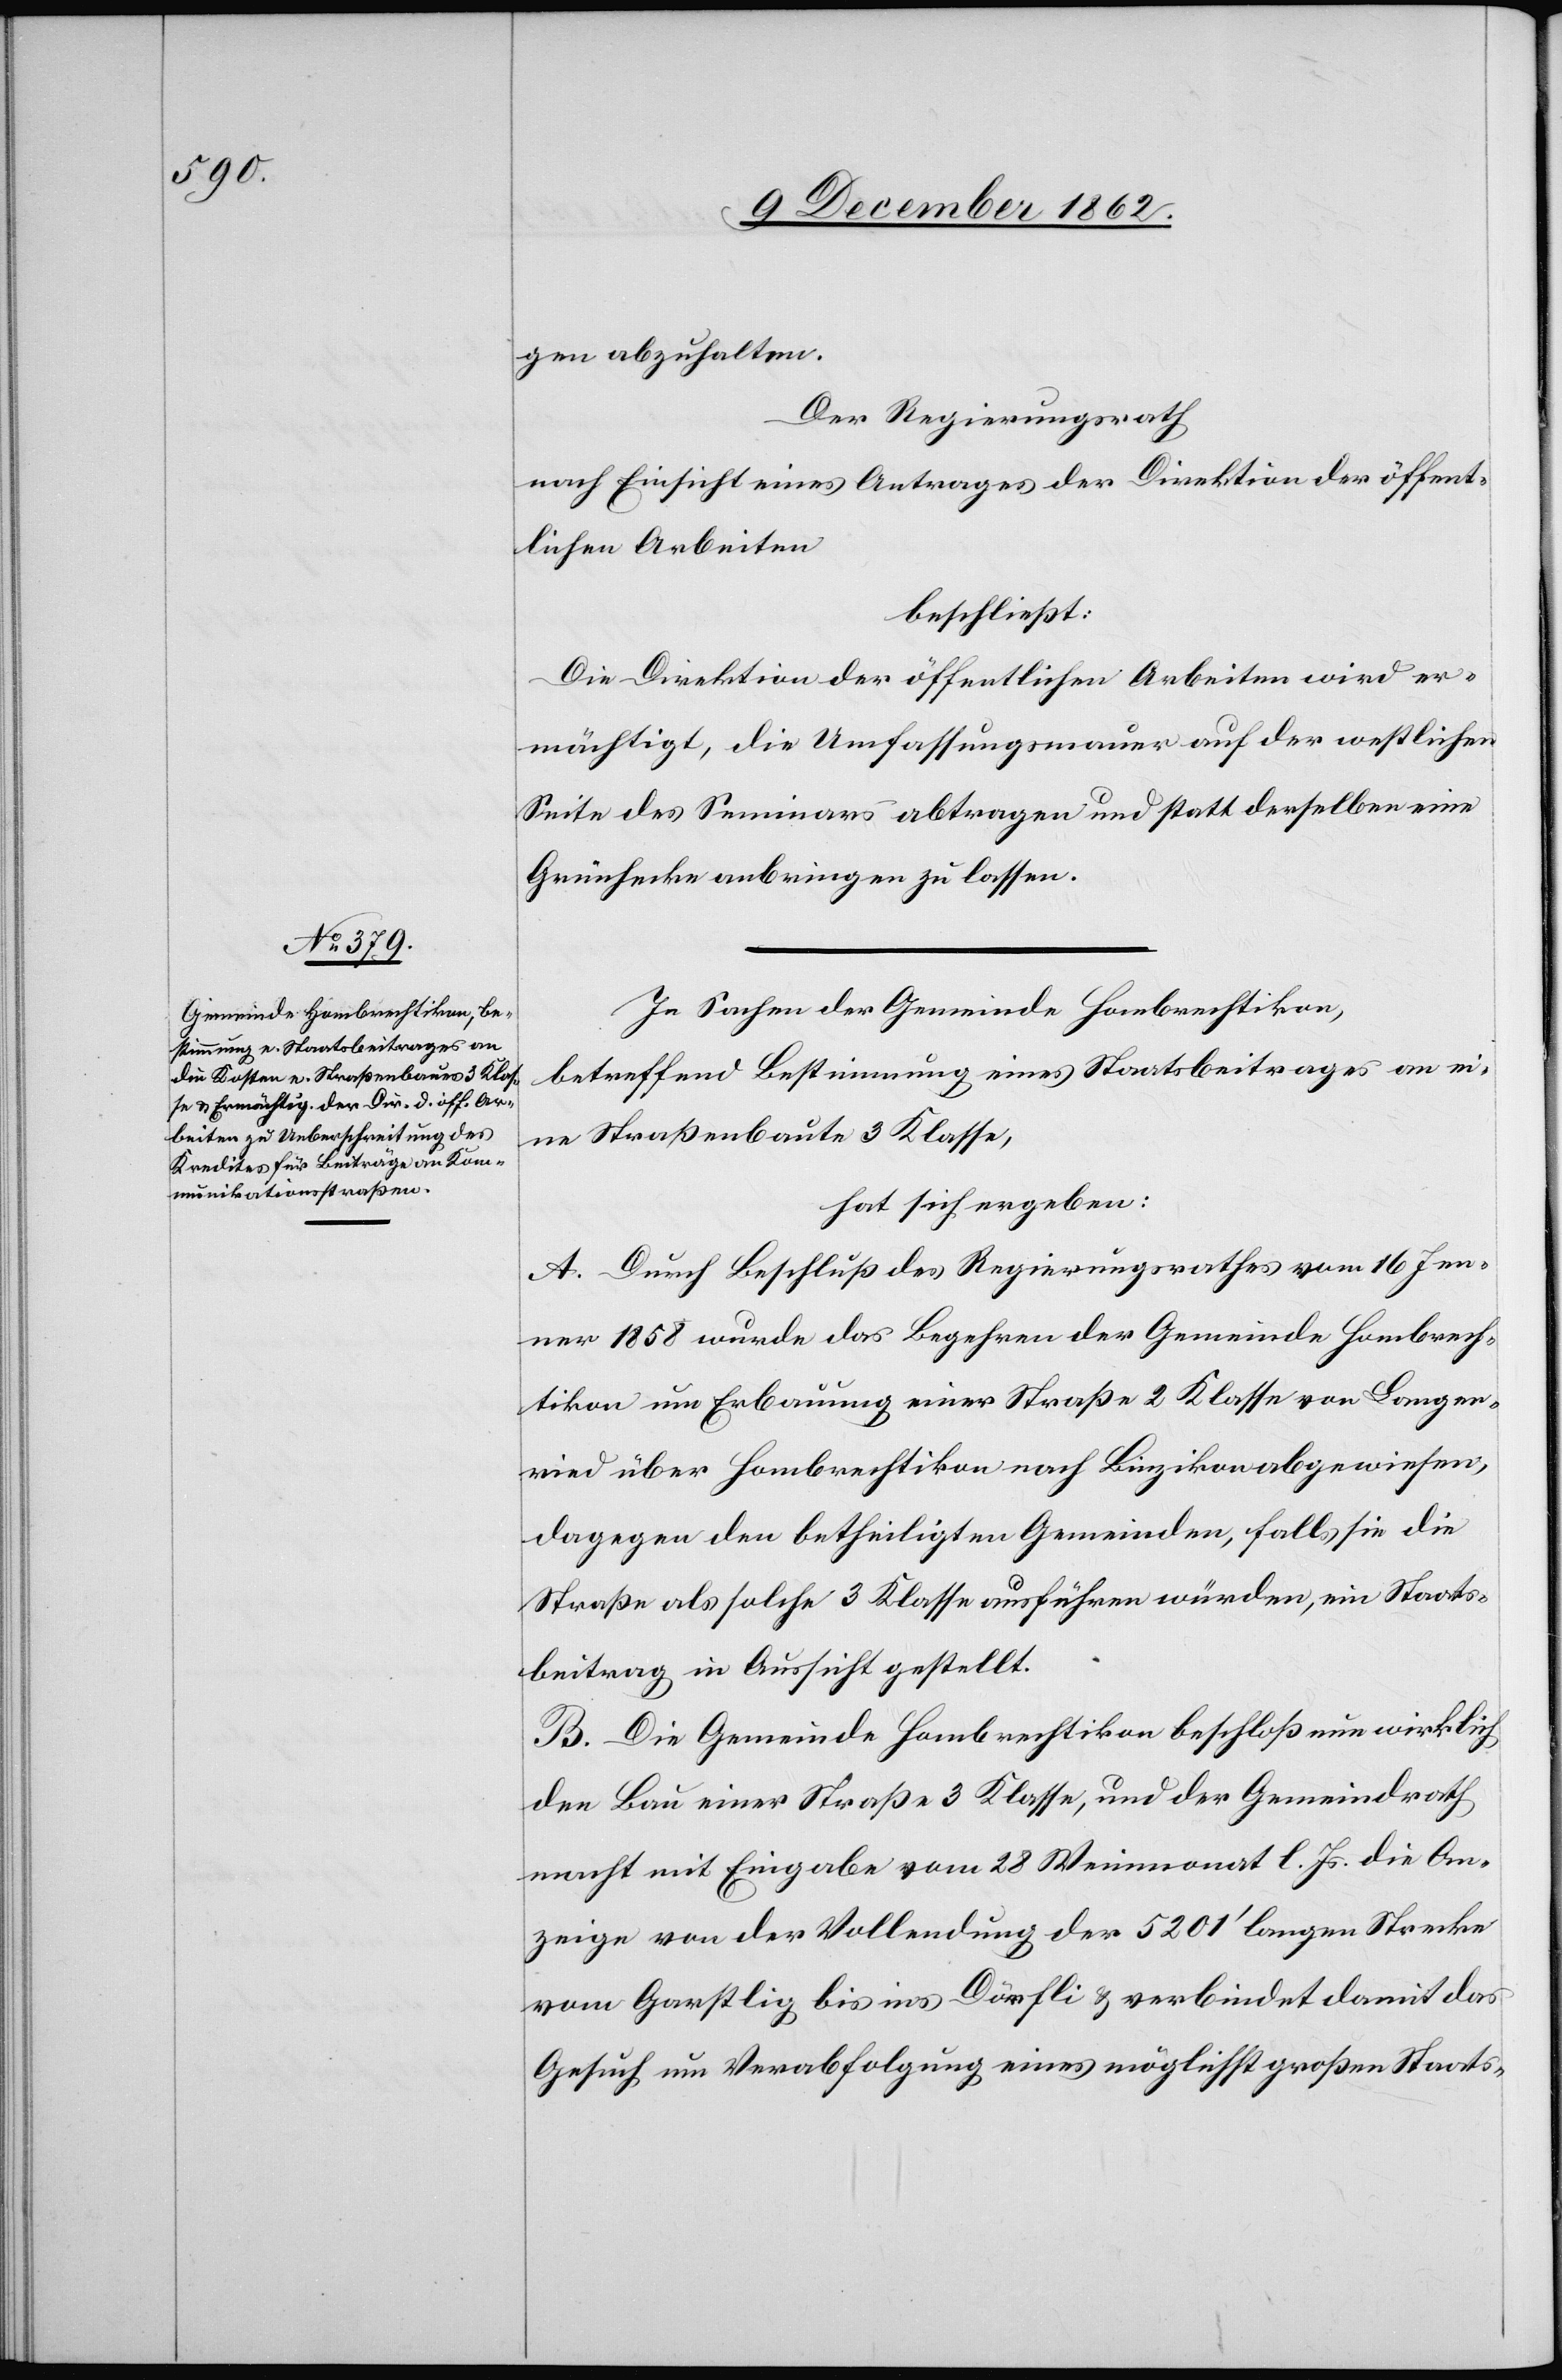
gen abzuhalten.
Der Regierungsrath
nach Einsicht eines Antrages der Direktion der öffent¬
lichen Arbeiten
beschließt:
Die Direktion der öffentlichen Arbeiten wird er¬
mächtig, die Umfassungsmauer auf der westlichen
Seite des Seminars abtragen und statt derselben eine
Grünhecke anbringen zu lassen.
In Sachen der Gemeinde Hombrechtikon,
betreffend Bestimmung eines Staatsbeitrages an ei¬
ne Straßenbaute 3 Klasse,
hat sich ergeben:
A. Durch Beschluß des Regierungsrathes vom 16. Jen¬
ner 14858 wurde das Begehren der Gemeinde Hombrech¬
tikon um Erbauung einer Straße 2 Klasse von Langen¬
ried über Hombrechtikon nach Binzikon abgewiesen,
dagegen den betheiligten Gemeinden, falls sie die
Straße als solche 3 Klasse ausführen würden, ein Staats¬
beitrag in Aussicht gestellt.
B. Die Gemeinde Hombrechtikon beschloß nun wirklich
den Bau einer Straße 3 Klasse, und der Gemeindrath
macht mit Eingabe vom 28 Weinmonat l. Js. die An¬
zeige von der Vollendung der 5201’ langen Strecke
vom Garstlig bis ins Dörfli u. verbindet damit das
Gesuch um Verabfolgung eines möglichst großen Staats-